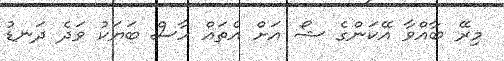
މިރޭ ބާއްވާ އޭކަންގެ ޝޯ އަށް އެތައް ހާސް ބަޔަކު ވަދެ ދަނޑު